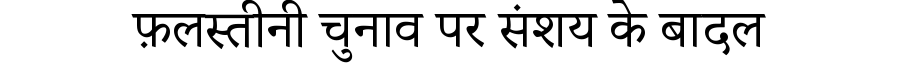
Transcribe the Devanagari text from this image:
फ़लस्तीनी चुनाव पर संशय के बादल